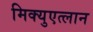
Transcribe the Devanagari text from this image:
मिक्युएत्लान